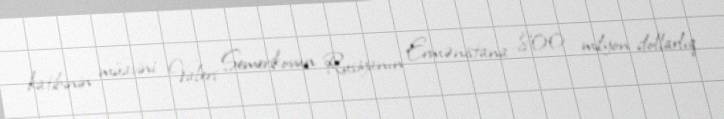
katibinin müavini Valeri Semerikovun Rusiyanın Ermənistana 800 milyon dollarlıq